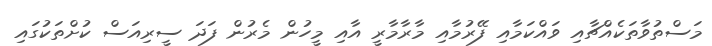
މަސްތުވާތަކެއްޗާއި ވައްކަމާއި ފޭރުމާއި މާރާމާރީ އާއި މީހުން މެރުން ފަދަ ސީރިއަސް ކުށްތަކުގައި